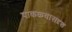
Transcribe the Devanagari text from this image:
पाकळ्यासदृश